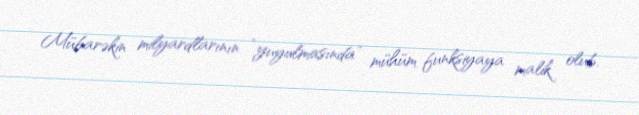
Mübarəkin milyardlarının “yuyulmasında” mühüm funksiyaya malik olub.